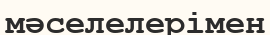
мәселелерімен